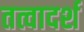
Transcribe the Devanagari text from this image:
तत्वादर्श